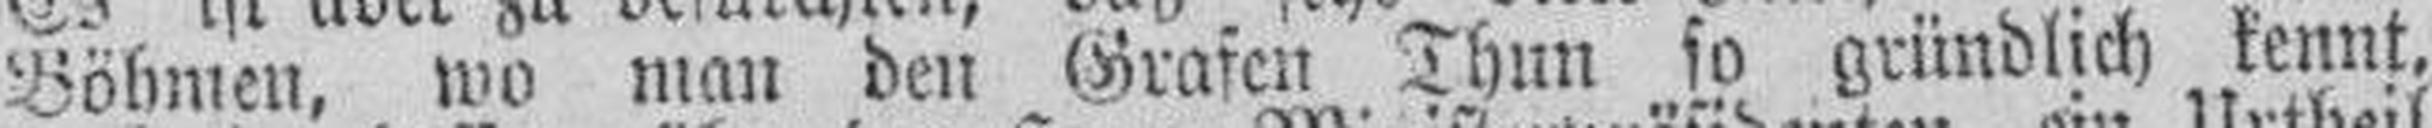
Böhmen, wo man den Grafen Thun so gründlich kennt,